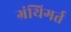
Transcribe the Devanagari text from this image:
ग्रंथिगर्त